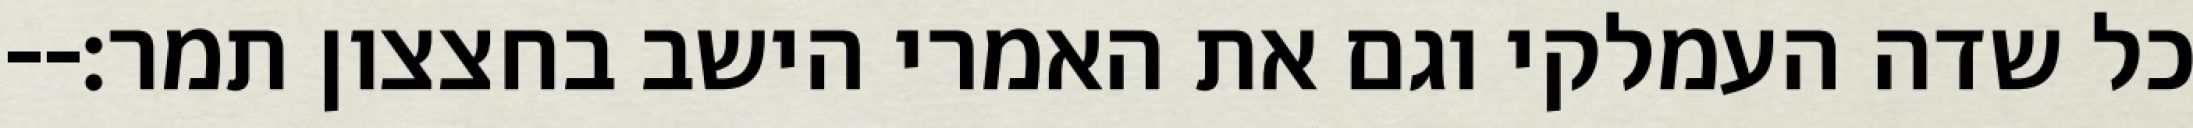
כל שדה העמלקי וגם את האמרי הישב בחצצון תמר׃--